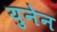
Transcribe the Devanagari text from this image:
युनेन